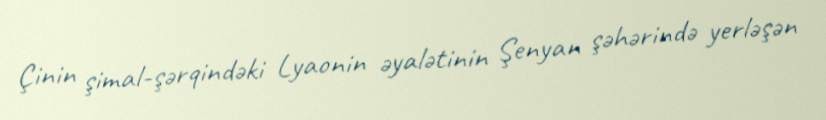
Çinin şimal-şərqindəki Lyaonin əyalətinin Şenyan şəhərində yerləşən